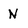
Character: N